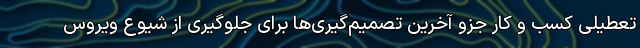
تعطیلی کسب و کار جزو آخرین تصمیم‌گیری‌ها برای جلوگیری از شیوع ویروس